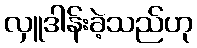
လှူဒါန်းခဲ့သည်ဟု